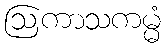
ဩကာသကမ္မံ